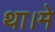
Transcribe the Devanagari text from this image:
था।मे